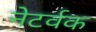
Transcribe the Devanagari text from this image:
नेटर्वक